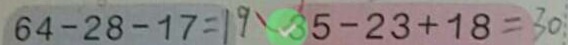
6 4 - 2 8 - 1 7 = 1 9 3 5 - 2 3 + 1 8 = 3 0